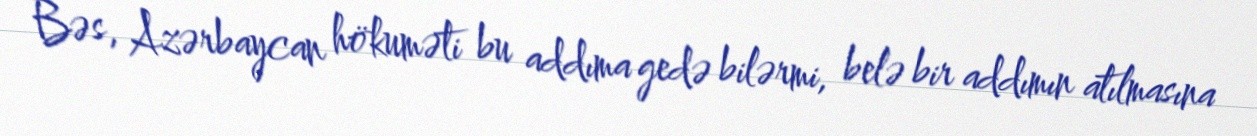
Bəs, Azərbaycan hökuməti bu addıma gedə bilərmi, belə bir addımın atılmasına